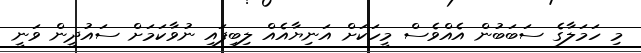
މި ހަމަލާގެ ސަބަބުން އެއްވެސް މީހަކަށް އަނިޔާއެއް ލިބިފައި ނުވާކަމަށް ސައުދީން ވަނީ